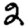
Digit: 2